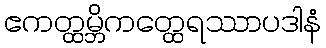
ဧကတ္ထမ္ဘိကတ္ထေရဿာပဒါနံ